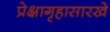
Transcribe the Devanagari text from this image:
प्रेक्षागृहासारखे